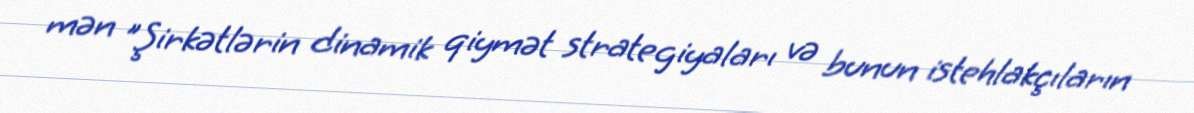
mən "Şirkətlərin dinamik qiymət strategiyaları və bunun istehlakçıların